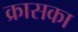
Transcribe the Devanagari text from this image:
क्रासका